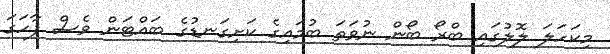
މިކަހަލަ ލޮލުގައި ބްރޯ ބޯން ނުވަތަ ބުމައިގެ ކަށިގަނޑުގެ ބައްޓަން ވެސް ފާހަގަ